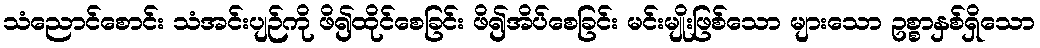
သံညောင်စောင်း သံအင်းပျဉ်ကို ဖိ၍ထိုင်စေခြင်း ဖိ၍အိပ်စေခြင်း မင်းမျိုးဖြစ်သော များသော ဥစ္စာနှစ်ရှိသော